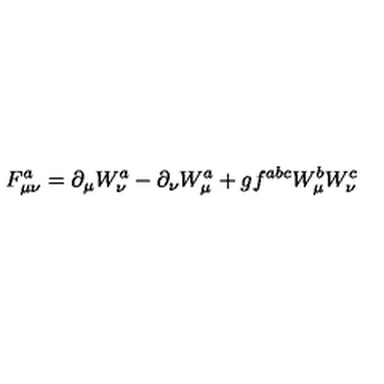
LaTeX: F _ { \mu \nu } ^ { a } = \partial _ { \mu } W _ { \nu } ^ { a } - \partial _ { \nu } W _ { \mu } ^ { a } + g f ^ { a b c } W _ { \mu } ^ { b } W _ { \nu } ^ { c }